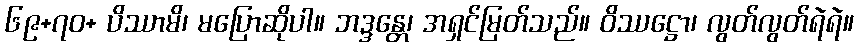
၆၉+၇ဝ+ ပိဿာမိ၊ မပြောဆိုပါ။ ဘဒ္ဒန္တေ၊ အရှင်မြတ်သည်။ ဝိဿဋ္ဌော၊ လွတ်လွတ်ရဲရဲ။